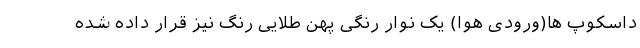
داسکوپ ها(ورودی هوا) یک نوار رنگی پهن طلایی رنگ نیز قرار داده شده